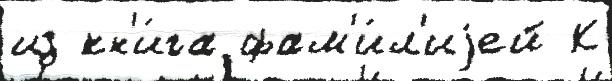
из кн'и́га фам'и́л'иjей К